Annual administration report of the Civil Veterinary Department of India - 1894-1895
Year: 1894
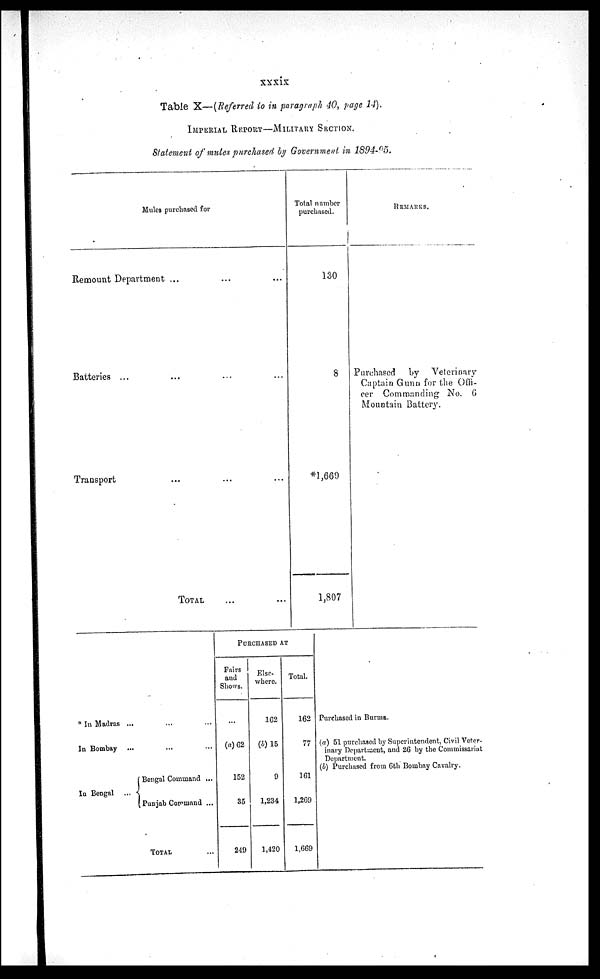
xxxix
Table X—(Referred to in paragraph 40, page 14).
IMPERIAL REPORT—MILITARY SECTION.
Statement of mules purchased by Government in 1894-95.
Mules purchased for
Remount Department...
...
...
Batteries ... ... ... ...
Transport
...
...
...
TOTAL...
...
Total number
purchased.
130
8
*1,669
1,807
REMARKS.
Purchased by Veterinary
Captain Gunn for the Offi-
cer Commanding No. 6
Mountain Battery.
* In Madras ...
In Bombay ...
In Bengal ...
... ...
... ...
Bengal Command ...
Punjab Command ...
TOTAL ...
PURCHASED AT
Pairs
and
Shows.
...
(a) 62
152
35
249
Else¬
where.
162
(b)15
9
1,234
1,420
Total.
162
77
161
1,269
1,669
Purchased in Burma.
(a) 51 purchased by Superintendent, Civil Veter-
inary Department, and 26 by the Commissariat
Department.
(b) Purchased from 6th Bombay Cavalry.